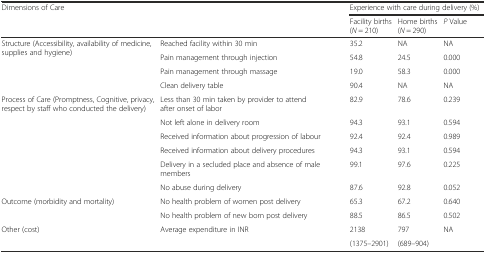
<table><thead><tr><td rowspan="2" colspan="2"><b>Dimensions of Care</b></td><td colspan="3"><b>Experience with care during delivery (%)</b></td></tr><tr><td><b>Facility births (<i>N</i> = 210)</b></td><td><b>Home births (<i>N</i> = 290)</b></td><td><b><i>P</i> Value</b></td></tr></thead><tbody><tr><td rowspan="4">Structure (Accessibility, availability of medicine, supplies and hygiene)</td><td>Reached facility within 30 min</td><td>35.2</td><td>NA</td><td>NA</td></tr><tr><td>Pain management through injection</td><td>54.8</td><td>24.5</td><td>0.000</td></tr><tr><td>Pain management through massage</td><td>19.0</td><td>58.3</td><td>0.000</td></tr><tr><td>Clean delivery table</td><td>90.4</td><td>NA</td><td>NA</td></tr><tr><td rowspan="6">Process of Care (Promptness, Cognitive, privacy, respect by staff who conducted the delivery)</td><td>Less than 30 min taken by provider to attend after onset of labor</td><td>82.9</td><td>78.6</td><td>0.239</td></tr><tr><td>Not left alone in delivery room</td><td>94.3</td><td>93.1</td><td>0.594</td></tr><tr><td>Received information about progression of labour</td><td>92.4</td><td>92.4</td><td>0.989</td></tr><tr><td>Received information about delivery procedures</td><td>94.3</td><td>93.1</td><td>0.594</td></tr><tr><td>Delivery in a secluded place and absence of male members</td><td>99.1</td><td>97.6</td><td>0.225</td></tr><tr><td>No abuse during delivery</td><td>87.6</td><td>92.8</td><td>0.052</td></tr><tr><td rowspan="2">Outcome (morbidity and mortality)</td><td>No health problem of women post delivery</td><td>65.3</td><td>67.2</td><td>0.640</td></tr><tr><td>No health problem of new born post delivery</td><td>88.5</td><td>86.5</td><td>0.502</td></tr><tr><td rowspan="2">Other (cost)</td><td rowspan="2">Average expenditure in INR</td><td>2138</td><td>797</td><td rowspan="2">NA</td></tr><tr><td>(1375–2901)</td><td>(689–904)</td></tr></tbody></table>